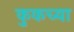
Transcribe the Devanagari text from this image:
कुकच्या